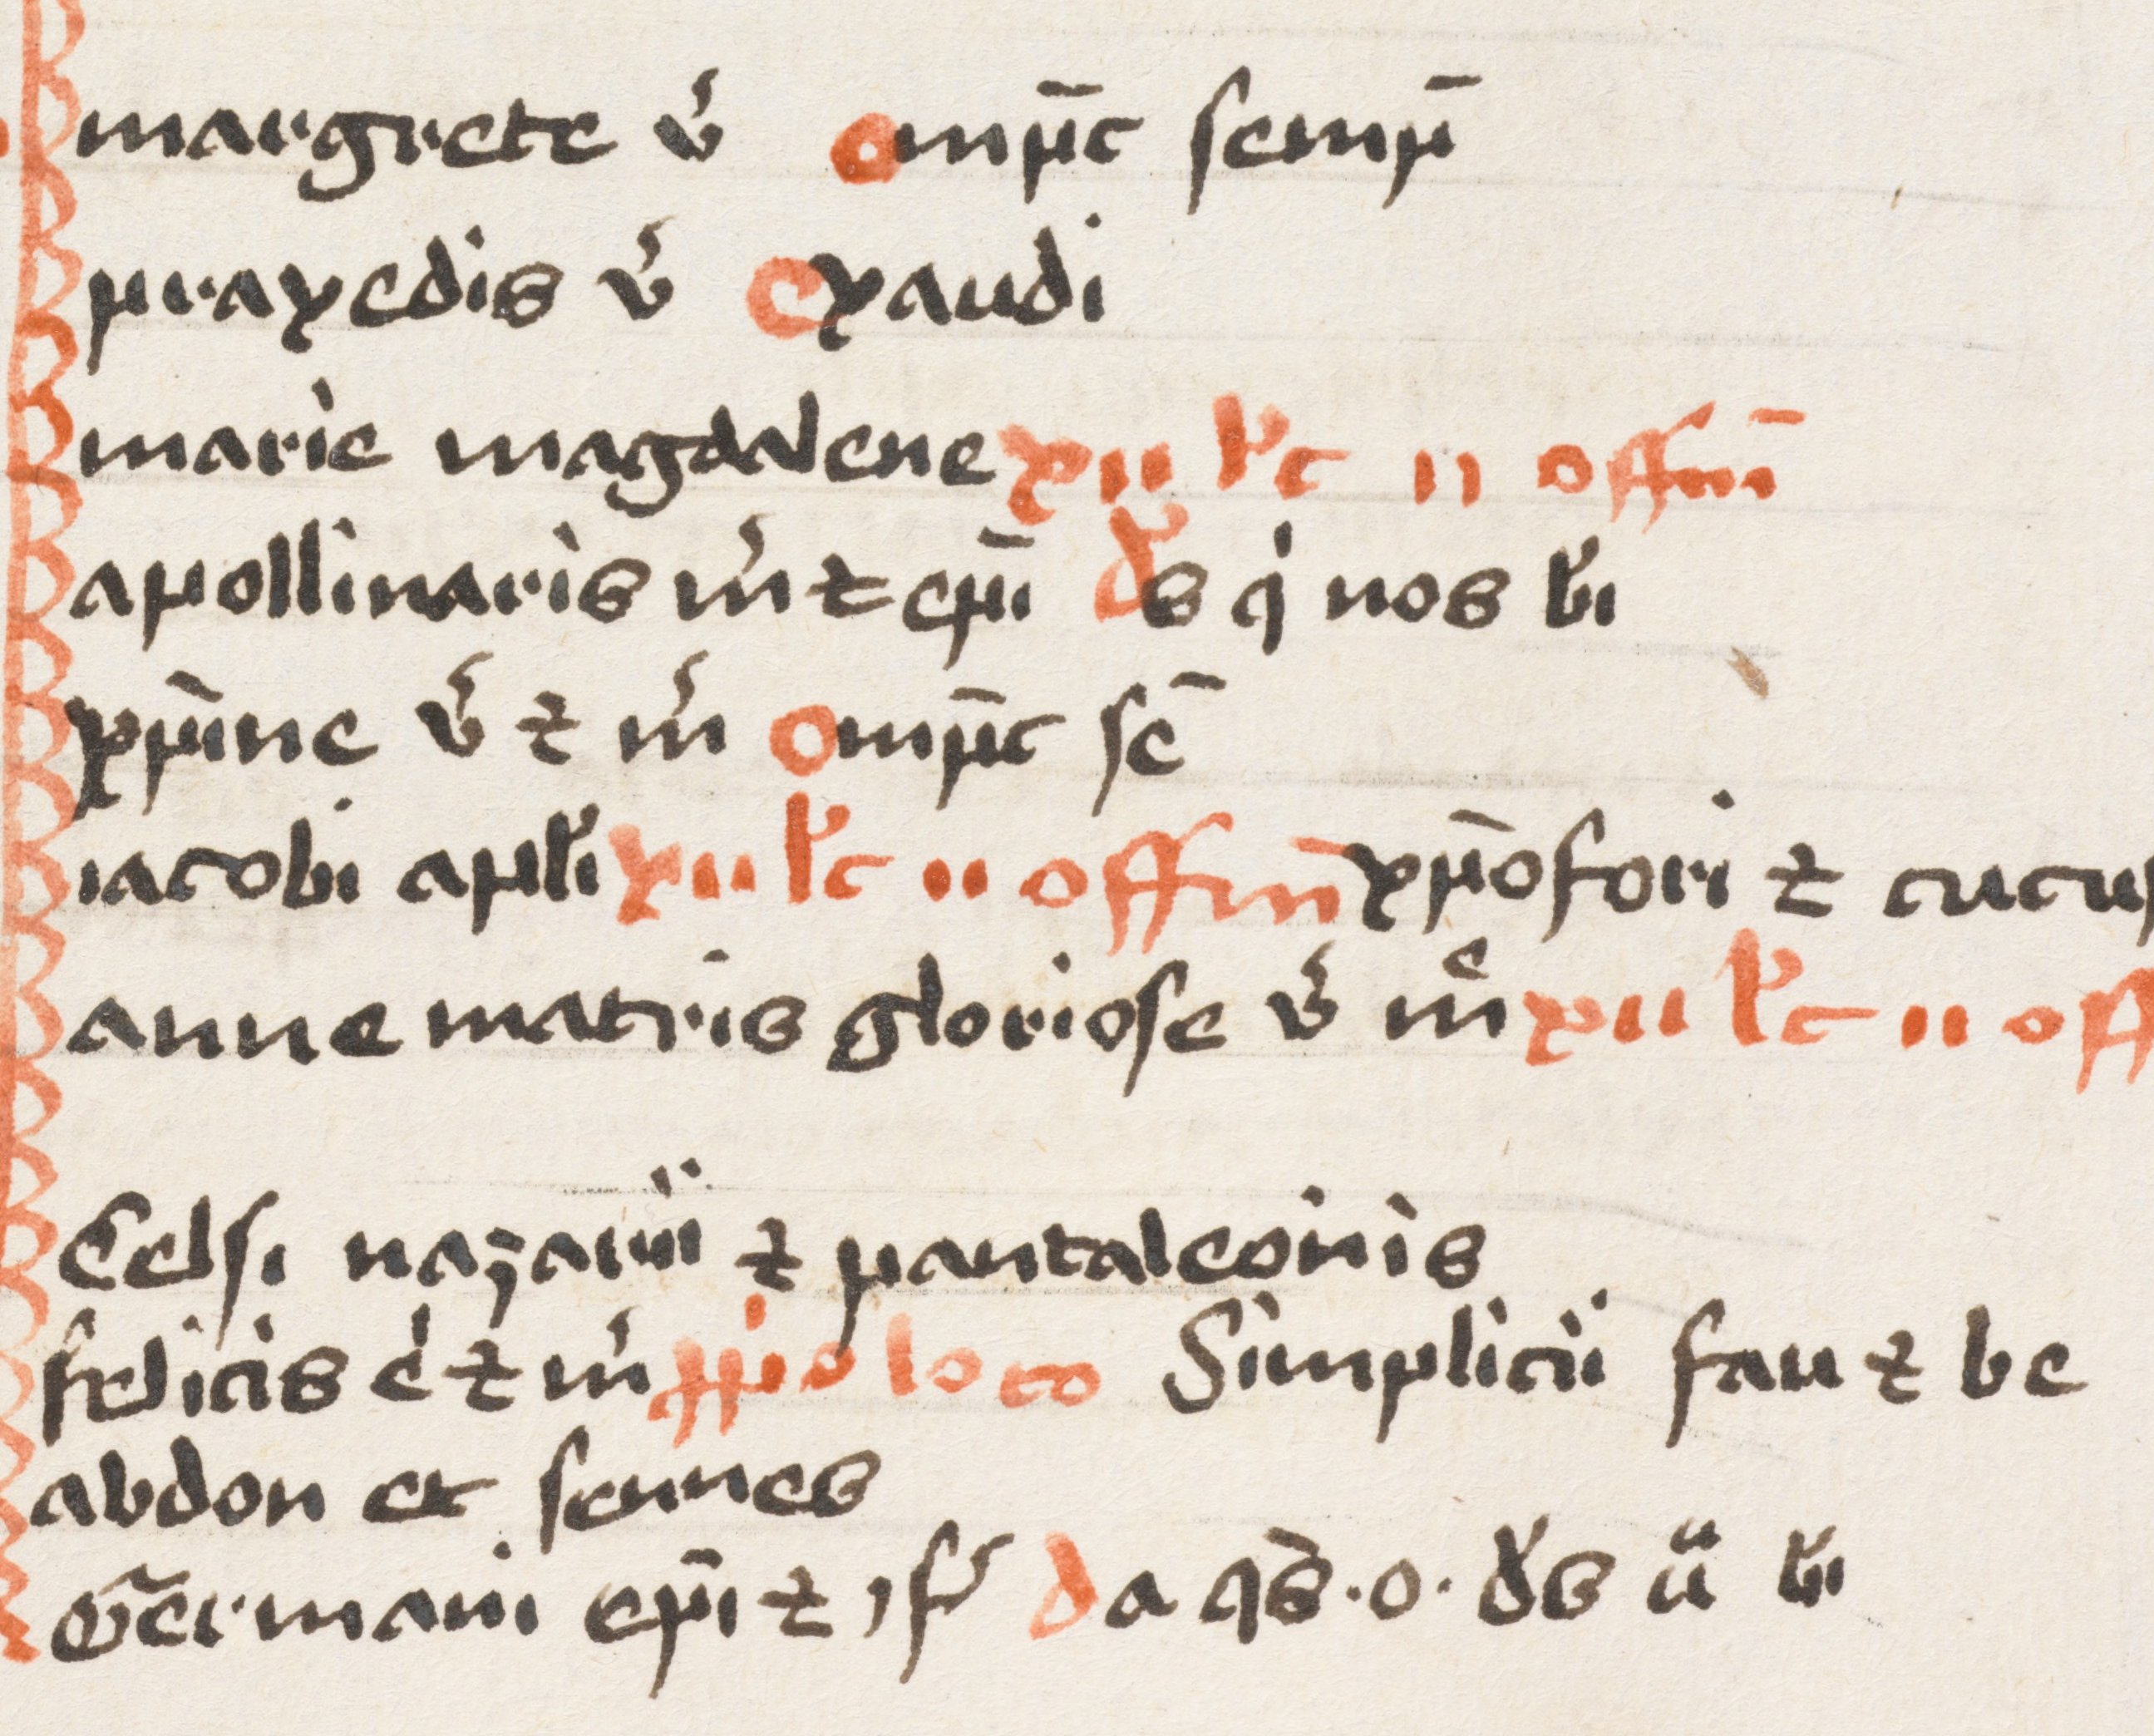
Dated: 1400–1499